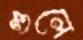
গুলে